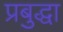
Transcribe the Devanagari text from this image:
प्रबुद्धा